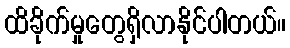
ထိခိုက်မှုတွေရှိလာနိုင်ပါတယ်။